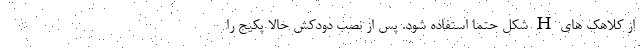
از کلاهک های H شکل حتما استفاده شود. پس از نصب دودکش حالا پکیج را